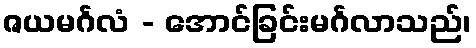
ဇယမင်္ဂလံ - အောင်ခြင်းမင်္ဂလာသည်၊